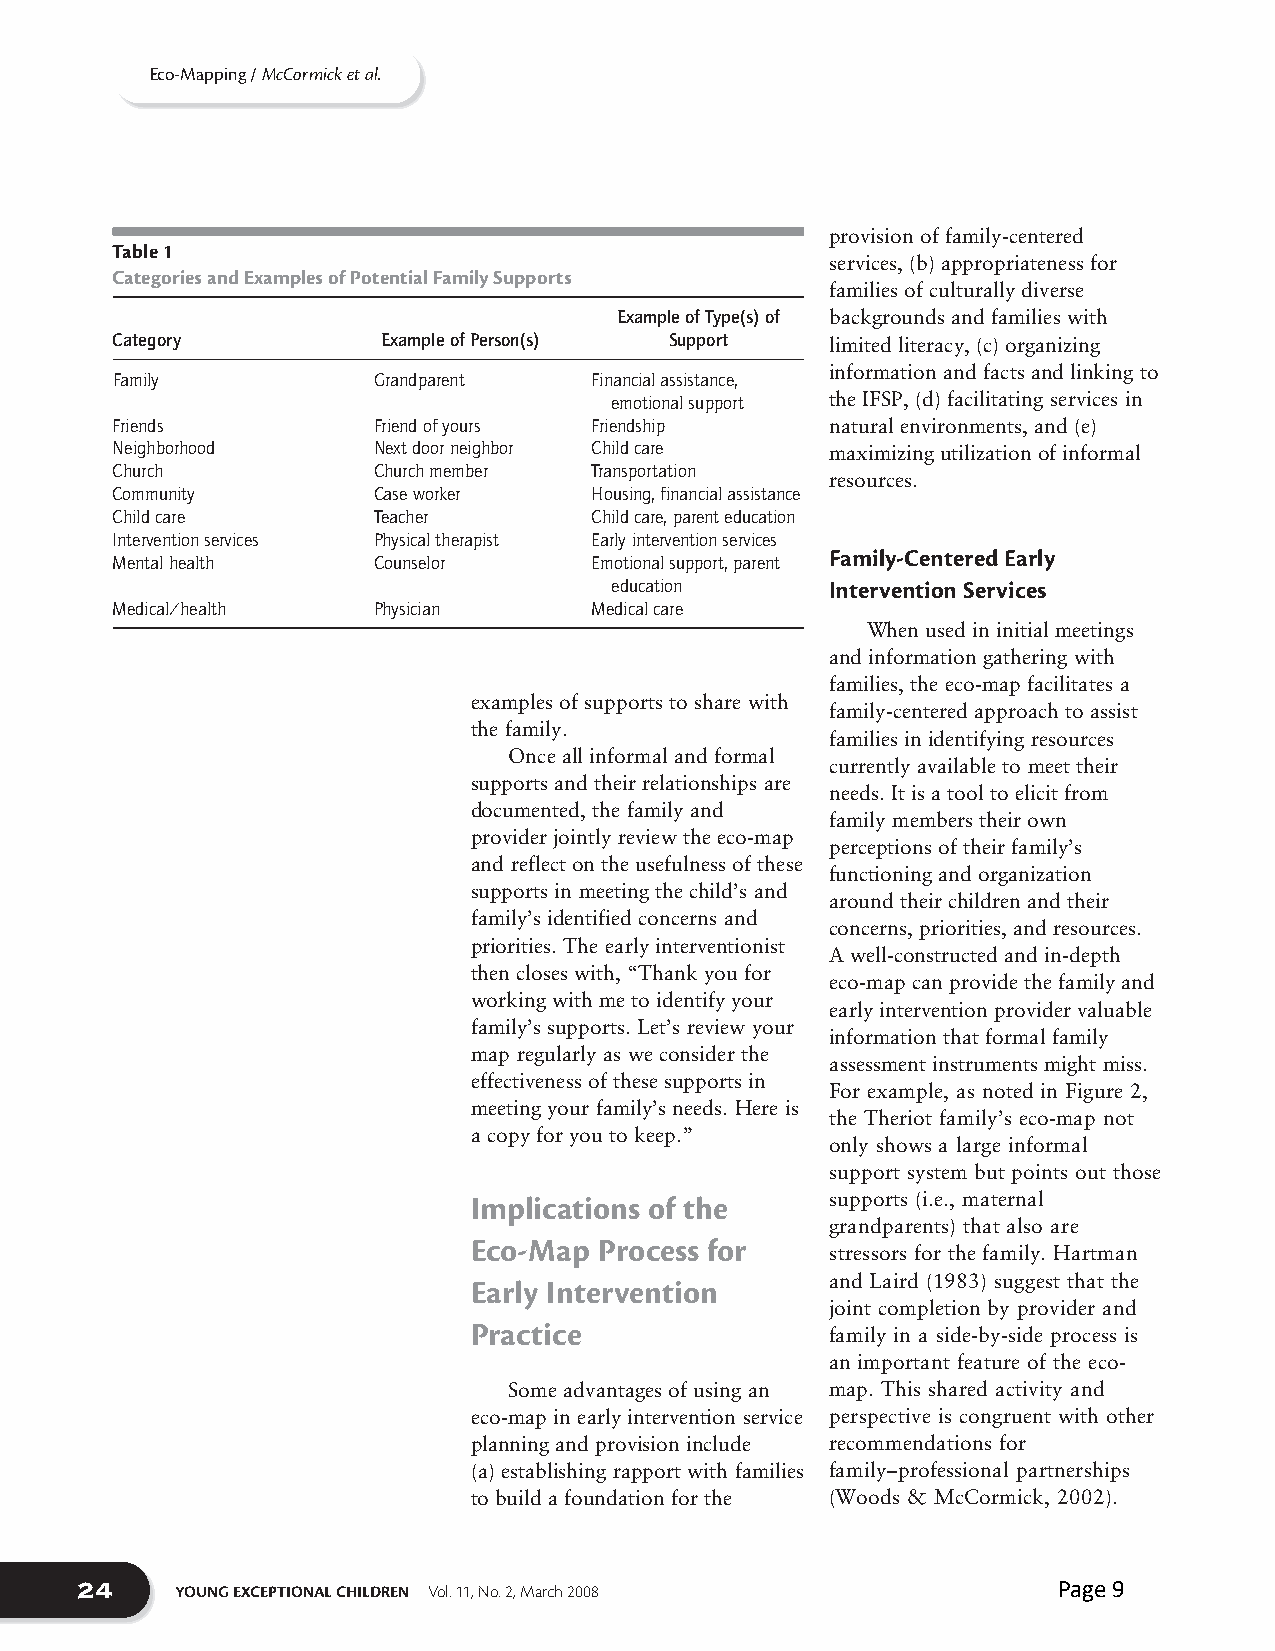
Eco-Mapping / McCormick et al.
 provision of family-centered
 Table 1
 services, (b) appropriateness for
 Categories and Examples of Potential Family Supports
 families of culturally diverse
 Example of Type(s) of backgrounds and families with
 Category          Example of Person(s) Support  limited literacy, (c) organizing
 information and facts and linking to
 Family            Grandparent   Financial assistance,
 emotional support the IFSP, (d) facilitating services in
 Friends           Friend of yours Friendship    natural environments, and (e)
 Neighborhood      Next door neighbor Child care maximizing utilization of informal
 Church            Church member Transportation
 resources.
 Community         Case worker   Housing, financial assistance
 Child care        Teacher       Child care, parent education
 Intervention services Physical therapist Early intervention services
 Family-Centered Early
 Mental health     Counselor     Emotional support, parent
 education      Intervention Services
 Medical/health    Physician     Medical care
 When used in initial meetings
 and information gathering with
 families, the eco-map facilitates a
 examples of supports to share with
 family-centered approach to assist
 the family.
 families in identifying resources
 Once all informal and formal
 currently available to meet their
 supports and their relationships are
 needs. It is a tool to elicit from
 documented, the family and
 family members their own
 provider jointly review the eco-map
 perceptions of their family’s
 and reflect on the usefulness of these
 functioning and organization
 supports in meeting the child’s and
 around their children and their
 family’s identified concerns and
 concerns, priorities, and resources.
 priorities. The early interventionist
 A well-constructed and in-depth
 then closes with, “Thank you for
 eco-map can provide the family and
 working with me to identify your
 early intervention provider valuable
 family’s supports. Let’s review your
 information that formal family
 map regularly as we consider the
 assessment instruments might miss.
 effectiveness of these supports in
 For example, as noted in Figure 2,
 meeting your family’s needs. Here is
 the Theriot family’s eco-map not
 a copy for you to keep.”
 only shows a large informal
 support system but points out those
 Implications of the     supports (i.e., maternal
 grandparents) that also are
 Eco-Map  Process for
 stressors for the family. Hartman
 Early Intervention      and Laird (1983) suggest that the
 joint completion by provider and
 Practice
 family in a side-by-side process is
 an important feature of the eco-
 Some advantages of using an map. This shared activity and
 eco-map in early intervention service perspective is congruent with other
 planning and provision include recommendations for
 (a) establishing rapport with families family–professional partnerships
 to build a foundation for the (Woods & McCormick, 2002).
 24
 YOUNG EXCEPTIONAL CHILDREN Vol. 11, No. 2, March 2008     Page 9